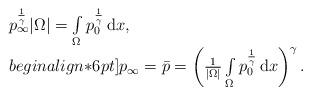
LaTeX: \begin{align*}\begin{array}{ll}p_{\infty}^{\frac{1}{\gamma}}|\Omega| =\int\limits_{\Omega} p_0^{\frac{1}{\gamma}} \,\mathrm{d}x, \\begin{align*}6pt]p_{\infty} =\bar{p} = \left( \frac{1}{|\Omega|}\int\limits_{\Omega} p_0^{\frac{1}{\gamma}}\,\mathrm{d}x \right)^{\gamma}.\end{array}\end{align*}